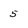
Character: 5